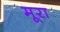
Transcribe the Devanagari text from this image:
मूरा